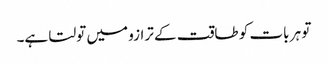
تو ہر بات کو طاقت کے ترازو میں تولتا ہے۔